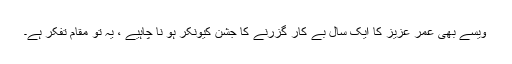
ویسے بھی عمر عزیز کا ایک سال بے کار گزرنے کا جشن کیونکر ہو نا چاہیے ، یہ تو مقام تفکر ہے۔